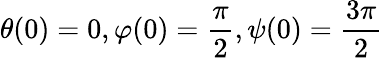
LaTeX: \theta(0)=0,\varphi(0)=\frac{\pi}{2},\psi(0)=\frac{3\pi}{2}